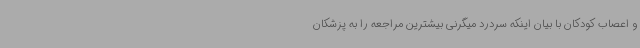
و اعصاب کودکان با بیان اینکه سردرد میگرنی بیشترین مراجعه را به پزشکان